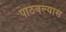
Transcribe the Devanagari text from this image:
पाठवल्‍यास